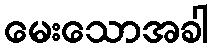
မေးသောအခါ